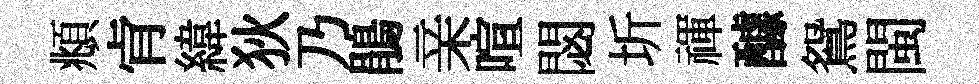
頫肻緯狄乃鵑亲喧閟圻禈醵鴛閩